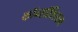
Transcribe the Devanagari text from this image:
कॉन्सॉर्शियम